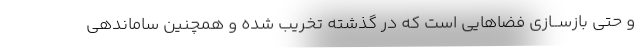
و حتی بازســازی فضاهایی است که در گذشته تخریب شده و همچنین ساماندهی